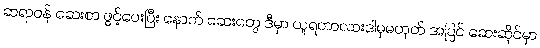
ဆရာဝန် ဆေးစာ ဖွင့်ပေးပြီး နောက် ဆေးတွေ ဒီမှာ ယူရတာလားဒါမှမဟုတ် အပြင် ဆေးဆိုင်မှာ